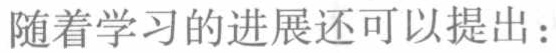
随着学习的进展还可以提出：